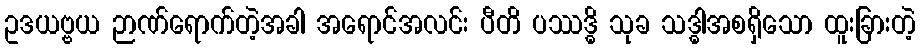
ဥဒယဗ္ဗယ ဉာဏ်ရောက်တဲ့အခါ အရောင်အလင်း ပီတိ ပဿဒ္ဓိ သုခ သဒ္ဓါအစရှိသော ထူးခြားတဲ့